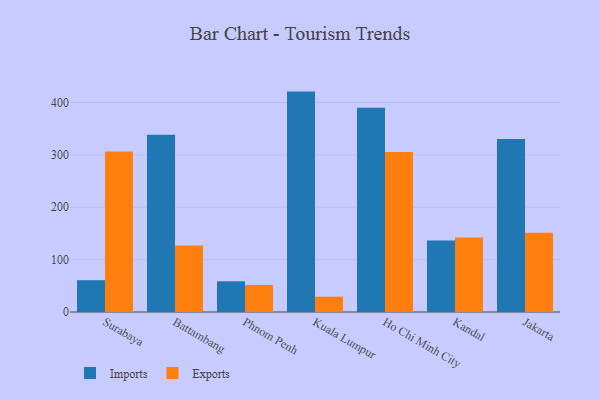
{"axis": {"x": "City", "y": "Budget (USD K)"}, "legend": ["Exports", "Imports"], "data": [{"x": "Surabaya", "y": 60.7, "type": "Imports"}, {"x": "Surabaya", "y": 306.5, "type": "Exports"}, {"x": "Battambang", "y": 338.3, "type": "Imports"}, {"x": "Battambang", "y": 127.1, "type": "Exports"}, {"x": "Phnom Penh", "y": 58.6, "type": "Imports"}, {"x": "Phnom Penh", "y": 51.6, "type": "Exports"}, {"x": "Kuala Lumpur", "y": 420.8, "type": "Imports"}, {"x": "Kuala Lumpur", "y": 29.2, "type": "Exports"}, {"x": "Ho Chi Minh City", "y": 390.2, "type": "Imports"}, {"x": "Ho Chi Minh City", "y": 305.6, "type": "Exports"}, {"x": "Kandal", "y": 136.7, "type": "Imports"}, {"x": "Kandal", "y": 142.3, "type": "Exports"}, {"x": "Jakarta", "y": 330.3, "type": "Imports"}, {"x": "Jakarta", "y": 151.3, "type": "Exports"}]}